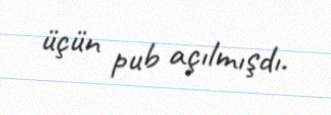
üçün pub açılmışdı.